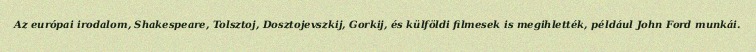
Az európai irodalom, Shakespeare, Tolsztoj, Dosztojevszkij, Gorkij, és külföldi filmesek is megihlették, például John Ford munkái.